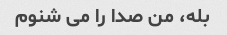
بله، من صدا را می شنوم